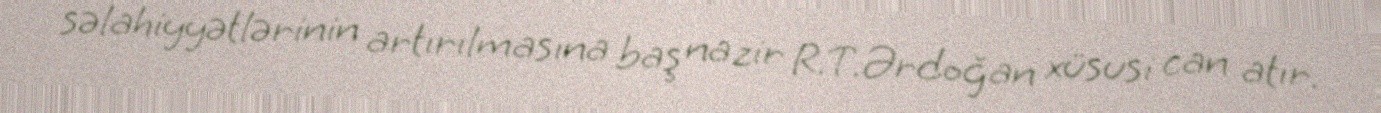
səlahiyyətlərinin artırılmasına baş nazir R.T.Ərdoğan xüsusi can atır.